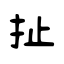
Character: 扯